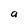
Character: a